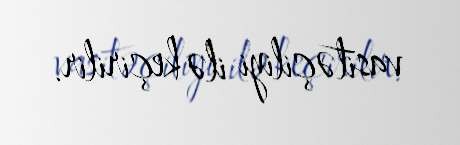
vasitəçiliyi ilə keçirilir.